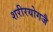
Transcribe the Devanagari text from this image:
शरीरयोगजै